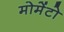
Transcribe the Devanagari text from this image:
मोमेंटो